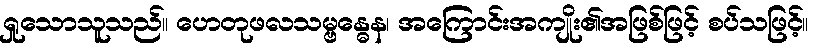
ရှုသောသူသည်။ ဟေတုဖလသမ္ဗန္ဓေန၊ အကြောင်းအကျိုး၏အဖြစ်ဖြင့် စပ်သဖြင့်။